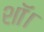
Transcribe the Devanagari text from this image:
शॉ।